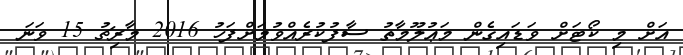
އަށް މި ކޯޓަށް ވަޑައިގެން މަޢުލޫމާތު ސާފުކުރެއްވުމަށްފަހު 2016 މާރިޗު 15 ވަނަ